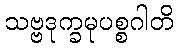
သဗ္ဗဒုက္ခမုပစ္စဂါတိ